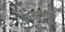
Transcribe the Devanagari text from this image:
आसामीच